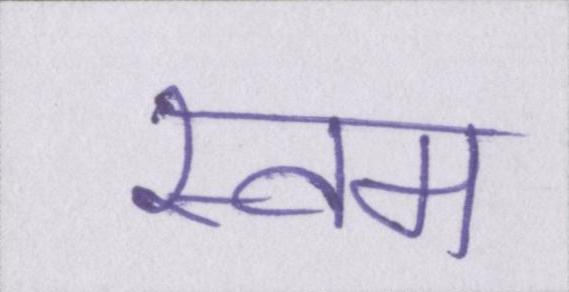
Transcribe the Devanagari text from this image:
स्वम